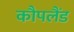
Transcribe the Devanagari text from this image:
कौपलैंड